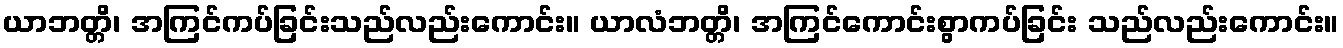
ယာဘတ္တိ၊ အကြင်ကပ်ခြင်းသည်လည်းကောင်း။ ယာလံဘတ္တိ၊ အကြင်ကောင်းစွာကပ်ခြင်း သည်လည်းကောင်း။